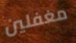
مغفلين